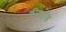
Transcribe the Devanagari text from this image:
कीशहोंड